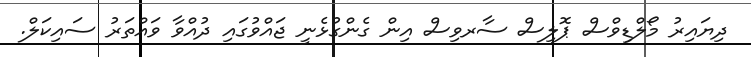
ދިޔައިރު މޯލްޑިވްސް ޕޮލިސް ސާރވިސް އިން ގެންގުޅެނީ ޖައްވުގައި ދުއްވާ ވައްތަރު ސައިކަލް.